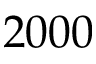
2 0 0 0